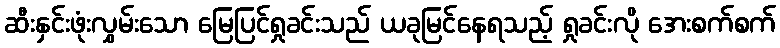
ဆီးနှင်းဖုံးလွှမ်းသော မြေပြင်ရှုခင်းသည် ယခုမြင်နေရသည့် ရှုခင်းလို အေးစက်စက်